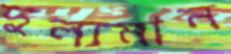
দুল্যমান